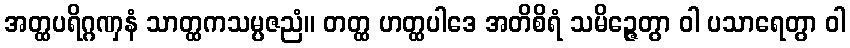
အတ္ထပရိဂ္ဂဏှနံ သာတ္ထကသမ္ပဇညံ။ တတ္ထ ဟတ္ထပါဒေ အတိစိရံ သမိဉ္ဇေတွာ ဝါ ပသာရေတွာ ဝါ